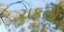
ચકનો